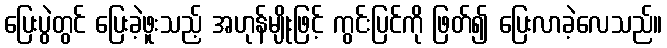
ပြေးပွဲတွင် ပြေးခဲ့ဖူးသည့် အဟုန်မျိုးဖြင့် ကွင်းပြင်ကို ဖြတ်၍ ပြေးလာခဲ့လေသည်။